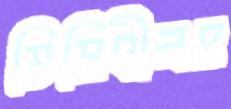
ভিত্তিহীনও